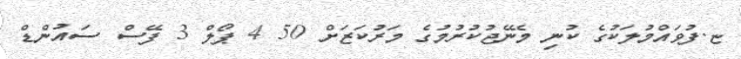
ޏ.ފުވައްމުލަކުގެ ކުނި މެނޭޖުކުރުމުގެ މަރުކަޒަށް 50 4 ޕޯލް 3 ފޭސް ސައުންޑް